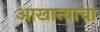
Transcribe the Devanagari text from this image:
आखान्याचा